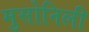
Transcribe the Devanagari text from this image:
मुसोनिली